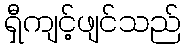
ရှီကျင့်ဖျင်သည်